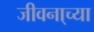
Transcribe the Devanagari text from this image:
जीवना्च्या